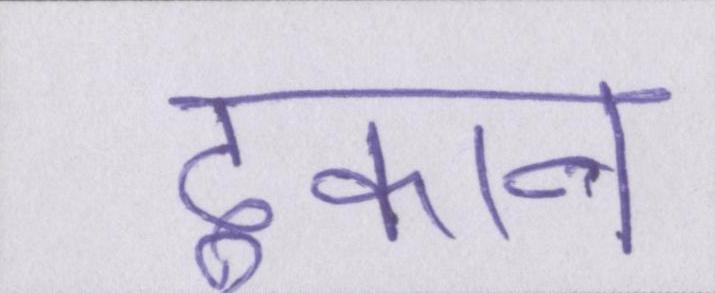
दुकान